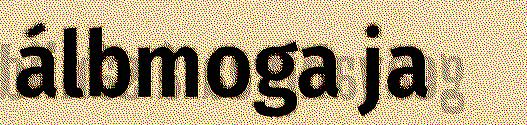
álbmoga ja